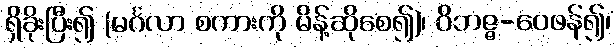
ရှိခိုးပြီး၍ (မင်္ဂလာ စကားကို မိန့်ဆိုစေ၍)၊ ဝိဘဇ္ဇ-ဝေဖန်၍၊